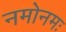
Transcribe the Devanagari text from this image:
नमोनमः